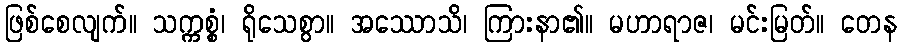
ဖြစ်စေလျက်။ သက္ကစ္စံ၊ ရိုသေစွာ။ အဿောသိ၊ ကြားနာ၏။ မဟာရာဇ၊ မင်းမြတ်။ တေန